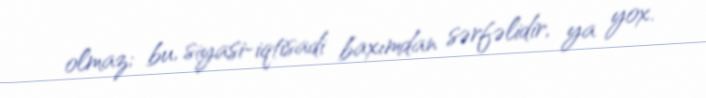
olmaz; bu, siyasi-iqtisadi baxımdan sərfəlidir, ya yox.